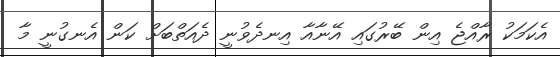
އެކަމަކު ރާއްޖެ އިން ބޭރުގައި އޭނާއާ އިނދެވުނީ ދެއަތްބަށް ކަން އެނގުނީ މާ